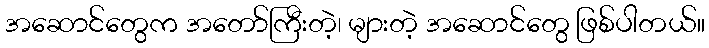
အဆောင်တွေက အတော်ကြီးတဲ့၊ များတဲ့ အဆောင်တွေ ဖြစ်ပါတယ်။